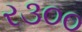
ર૩૦૦